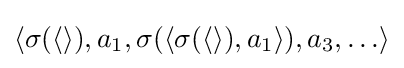
\langle \sigma (\langle \rangle ),a_{1},\sigma (\langle \sigma (\langle \rangle ),a_{1}\rangle ),a_{3},\ldots \rangle